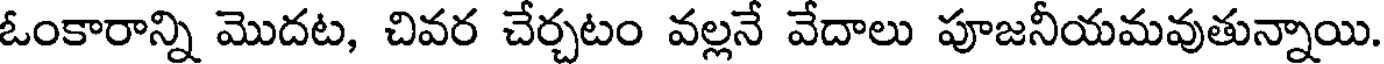
ఓంకారాన్ని మొదట, చివర చేర్చటం వల్లనే వేదాలు పూజనీయమవుతున్నాయి